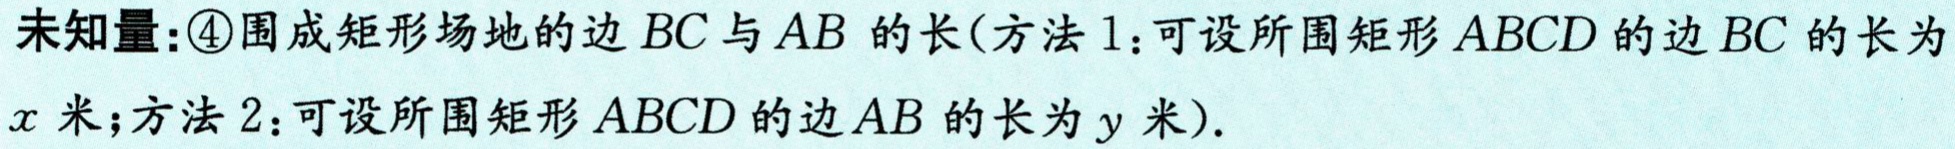
未知量：\textcircled{4}围成矩形场地的边 \(BC\) 与 \(AB\) 的长(方法1：可设所围矩形 \(ABCD\) 的边 \(BC\) 的长为 \(x\) 米；方法2：可设所围矩形 \(ABCD\) 的边 \(AB\) 的长为 \(y\) 米).